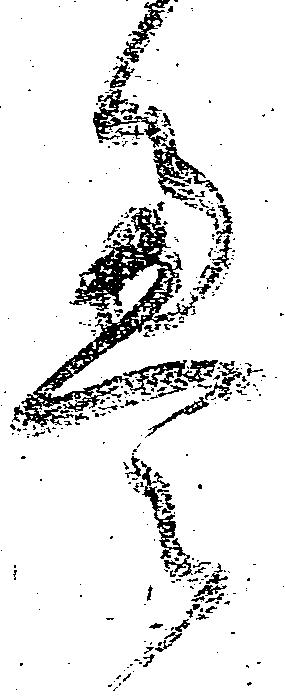
畳